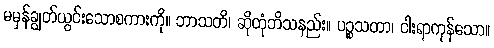
မမှန်ချွတ်ယွင်းသောစကားကို။ ဘာသတိ၊ ဆိုတုံဘိသနည်း။ ပဉ္စသတာ၊ ငါးရာကုန်သော။